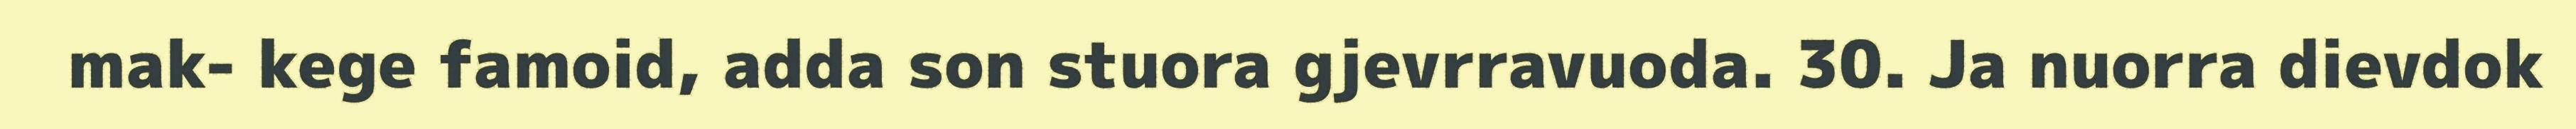
mak- kege famoid, adda son stuora gjevrravuoda. 30. Ja nuorra dievdok